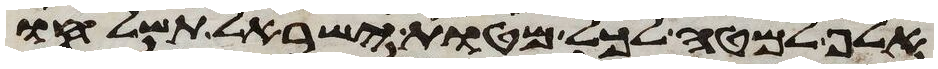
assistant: אלף למטה לכל מטות ישראל תשלחו